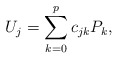
\begin{align*}U_j=\sum_{k=0}^p c_{jk}P_k,\end{align*}